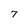
Character: 7